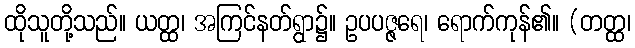
ထိုသူတို့သည်။ ယတ္ထ၊ အကြင်နတ်ရွာ၌။ ဥပပဇ္ဇရေ၊ ရောက်ကုန်၏။ (တတ္ထ၊